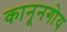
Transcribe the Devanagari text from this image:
कानूनगोय